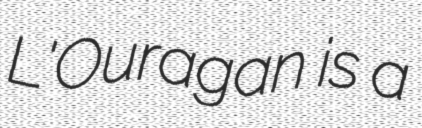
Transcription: L'Ouragan is a